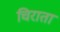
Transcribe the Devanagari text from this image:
चिराता